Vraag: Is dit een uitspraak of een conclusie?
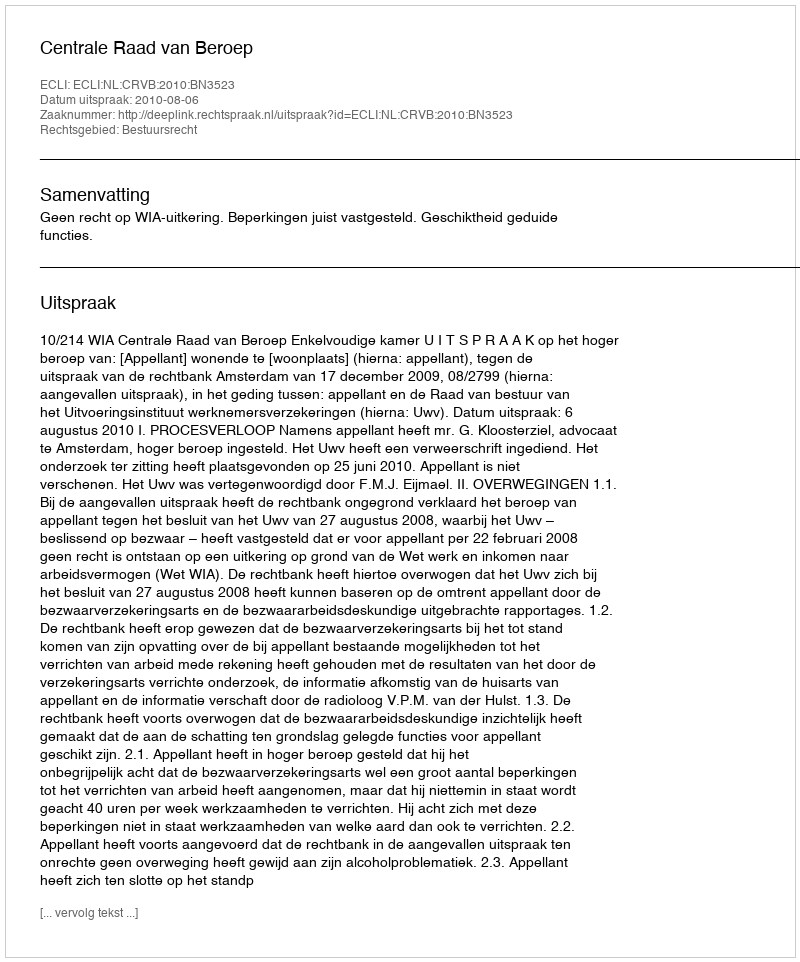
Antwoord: Uitspraak